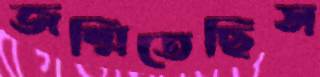
জন্মিতেছিস